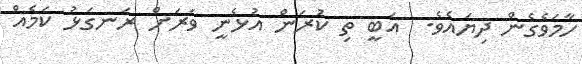
ހާމަވެގެން ދިޔައެވެ.  އަބީ ތި ކުރަން އުޅެނީ ވަރަށް ރަނގަޅު ކަމެއް